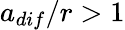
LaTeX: a_{dif}/r>1